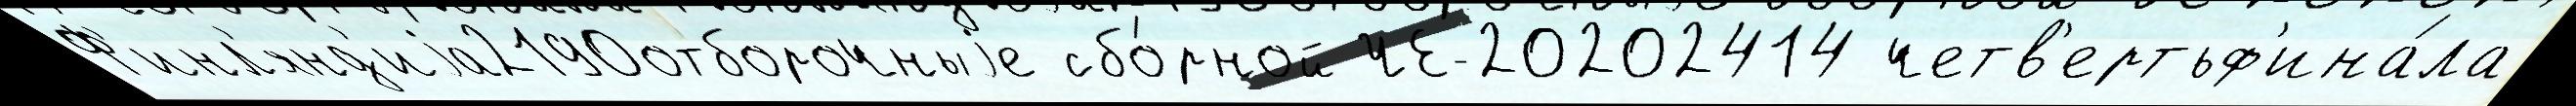
Ф'инл'янд'иjа2190отборочныjе сбо́рной ЧЕ-20202414 четв'ертьф'ина́ла